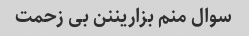
سوال منم بزاریننن بی زحمت